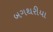
બગથરીયા